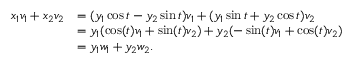
{ \begin{array} { r l } { x _ { 1 } v _ { 1 } + x _ { 2 } v _ { 2 } } & { = ( y _ { 1 } \cos t - y _ { 2 } \sin t ) v _ { 1 } + ( y _ { 1 } \sin t + y _ { 2 } \cos t ) v _ { 2 } } \\ & { = y _ { 1 } ( \cos ( t ) v _ { 1 } + \sin ( t ) v _ { 2 } ) + y _ { 2 } ( - \sin ( t ) v _ { 1 } + \cos ( t ) v _ { 2 } ) } \\ & { = y _ { 1 } w _ { 1 } + y _ { 2 } w _ { 2 } . } \end{array} }